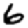
Digit: 6